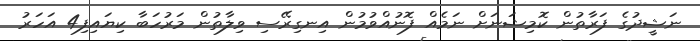
ނަޝީދުގެ ފަރާތުން ކޮމިޝަނަށް ނަމެއް ފޮނުއްވުމުން އިނގިރޭސި ވިލާތުން މަރުހަބާ ކިޔައިފި4 އަހަރު